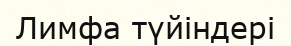
Лимфа түйіндері